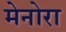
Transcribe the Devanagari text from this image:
मेनोरा